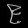
Digit: ၉